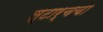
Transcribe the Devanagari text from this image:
स्टार्चचा